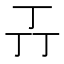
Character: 𬻄